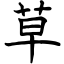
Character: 草